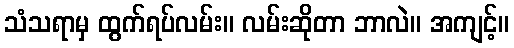
သံသရာမှ ထွက်ရပ်လမ်း။ လမ်းဆိုတာ ဘာလဲ။ အကျင့်။